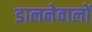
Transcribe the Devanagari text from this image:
डालनेवालों